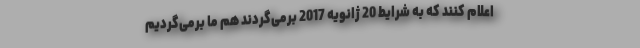
اعلام کنند که به شرایط 20 ژانویه 2017 برمی‌گردند هم ما برمی‌گردیم